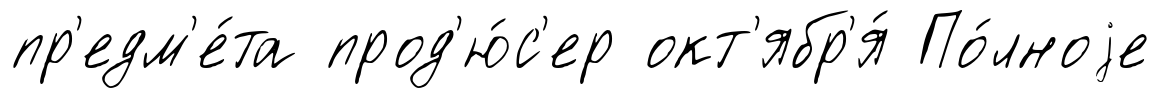
пр'едм'е́та прод'ю́с'ер окт'ябр'я́ По́лноjе